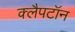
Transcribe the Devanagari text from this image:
क्लैपटॉन